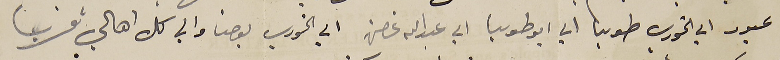
عبود الي الخوري طوبيا الي ابو طوبيا الي عبدالله غصن الي الخوري يوحنا والي كل أهالي قريتنا